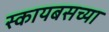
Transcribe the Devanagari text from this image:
स्कायबसच्या